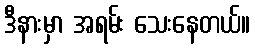
ဒီနားမှာ အရမ်း သေးနေတယ်။